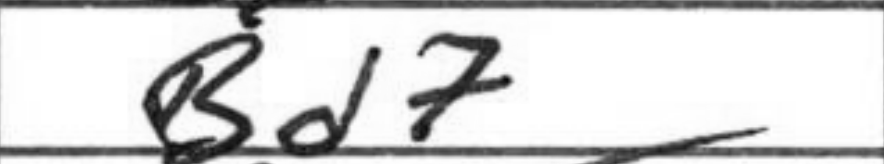
Transcription: Bd7